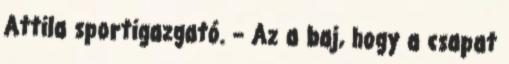
Attila sportigazgató. – Az a baj, hogy a csapat